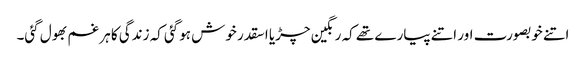
اتنے خوبصورت اور اتنے پیارے تھے کہ رنگین چڑیا اسقدر خوش ہوگئی کہ زندگی کا ہر غم بھول گئی۔